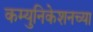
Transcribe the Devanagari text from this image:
कम्युनिकेशनच्या